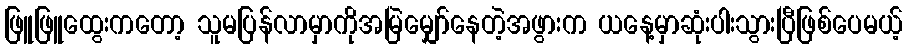
ဖြူဖြူထွေးကတော့ သူမပြန်လာမှာကိုအမြဲမျှော်နေတဲ့အဖွားက ယနေ့မှာဆုံးပါးသွားပြီဖြစ်ပေမယ့်